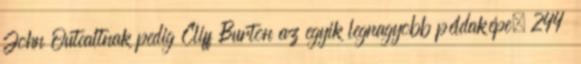
John Outcaltnak pedig Cliff Burton az egyik legnagyobb példaképe. 244